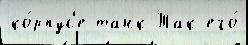
ко́рпус'е танк Так его́